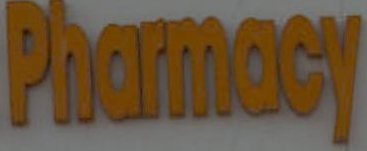
Pharmacy